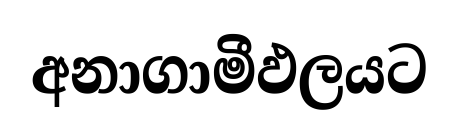
අනාගාමීඵලයට